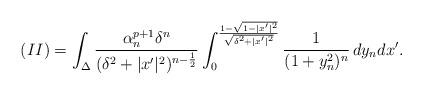
LaTeX: \begin{align*}(II)=\int_{\Delta} \frac{\alpha_n^{p+1}\delta^n }{(\delta^2+|x'|^2)^{n-\frac{1}{2}}} \int_0^{\frac{1-\sqrt{1-|x'|^2}}{\sqrt{\delta^2+|x'|^2}}} \frac{1}{(1+y_n^2)^n}\, dy_ndx'.\end{align*}